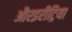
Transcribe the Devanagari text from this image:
औरइरीट्रिया